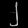
Digit: ၂